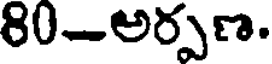
80-అర్పణ.